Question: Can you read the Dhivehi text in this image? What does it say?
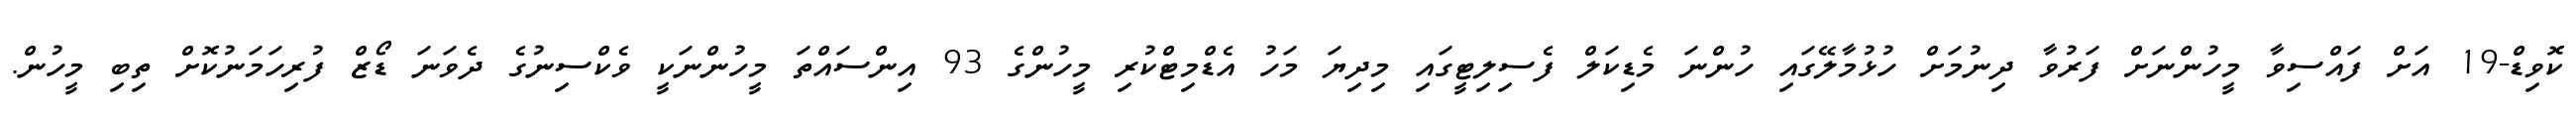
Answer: ކޮވިޑް-19 އަށް ފައްސިވާ މީހުންނަށް ފަރުވާ ދިނުމަށް ހުޅުމާލޭގައި ހުންނަ މެޑިކަލް ފެސިލިޓީގައި މިދިޔަ މަހު އެޑްމިޓްކުރި މީހުންގެ 93 އިންސައްތަ މީހުންނަކީ ވެކްސިނުގެ ދެވަނަ ޑޯޒް ފުރިހަމަނުކޮށް ތިބި މީހުން.